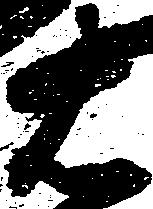
右